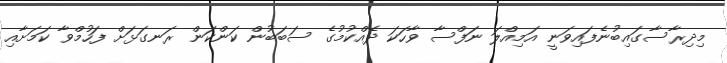
މިދިރާސާގައިބުނެފައިވަނީ އަމިއްލަ ނަފްސާ ވާހަކަ ދެއްކުމުގެ ސަބަބުން ކަންކަން ރަނގަޅަށް ފަހުމްވާ ކަމަށާއި